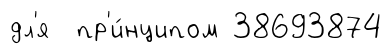
дл'я пр'и́нципом 38693874